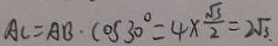
A C = A B \cdot \cos 3 0 ^ { \circ } = 4 \times \frac { \sqrt { 3 } } { 2 } = 2 \sqrt { 3 } .